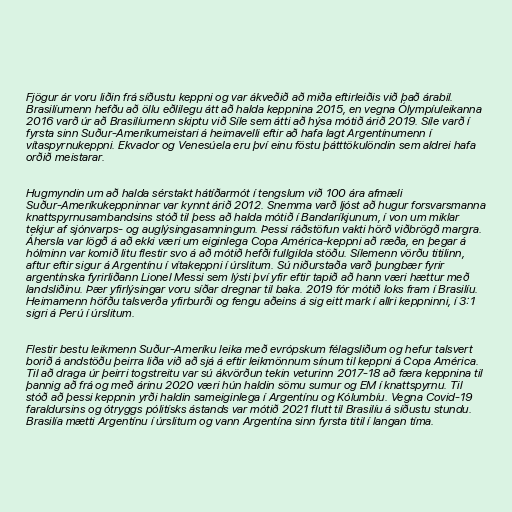
Fjögur ár voru liðin frá síðustu keppni og var ákveðið að miða eftirleiðis við það árabil.
Brasilíumenn hefðu að öllu eðlilegu átt að halda keppnina 2015, en vegna Ólympíuleikanna
2016 varð úr að Brasilíumenn skiptu við Síle sem átti að hýsa mótið árið 2019. Síle varð í
fyrsta sinn Suður-Ameríkumeistari á heimavelli eftir að hafa lagt Argentínumenn í
vítaspyrnukeppni. Ekvador og Venesúela eru því einu föstu þátttökulöndin sem aldrei hafa
orðið meistarar.

Hugmyndin um að halda sérstakt hátíðarmót í tengslum við 100 ára afmæli
Suður-Ameríkukeppninnar var kynnt árið 2012. Snemma varð ljóst að hugur forsvarsmanna
knattspyrnusambandsins stóð til þess að halda mótið í Bandaríkjunum, í von um miklar
tekjur af sjónvarps- og auglýsingasamningum. Þessi ráðstöfun vakti hörð viðbrögð margra.
Áhersla var lögð á að ekki væri um eiginlega Copa América-keppni að ræða, en þegar á
hólminn var komið litu flestir svo á að mótið hefði fullgilda stöðu. Sílemenn vörðu titilinn,
aftur eftir sigur á Argentínu í vítakeppni í úrslitum. Sú niðurstaða varð þungbær fyrir
argentínska fyrirliðann Lionel Messi sem lýsti því yfir eftir tapið að hann væri hættur með
landsliðinu. Þær yfirlýsingar voru síðar dregnar til baka. 2019 fór mótið loks fram í Brasilíu.
Heimamenn höfðu talsverða yfirburði og fengu aðeins á sig eitt mark í allri keppninni, í 3:1
sigri á Perú í úrslitum.

Flestir bestu leikmenn Suður-Ameríku leika með evrópskum félagsliðum og hefur talsvert
borið á andstöðu þeirra liða við að sjá á eftir leikmönnum sínum til keppni á Copa América.
Til að draga úr þeirri togstreitu var sú ákvörðun tekin veturinn 2017-18 að færa keppnina til
þannig að frá og með árinu 2020 væri hún haldin sömu sumur og EM í knattspyrnu. Til
stóð að þessi keppnin yrði haldin sameiginlega í Argentínu og Kólumbíu. Vegna Covid-19
faraldursins og ótryggs pólitísks ástands var mótið 2021 flutt til Brasilíu á síðustu stundu.
Brasilía mætti Argentínu í úrslitum og vann Argentína sinn fyrsta titil í langan tíma.